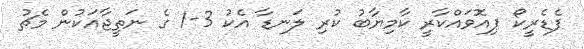
ފެޑެރީކޯ ޕިއޮވައްކާރީ ކާމިޔާބު ކުރި ލަނޑާ އެކު 3-1 ގެ ނަތީޖާއަކުން މެޗު